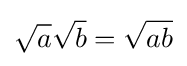
{\sqrt {a}}{\sqrt {b}}={\sqrt {ab}}